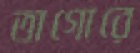
তাগোরে